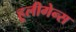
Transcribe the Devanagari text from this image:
हूलीगेन्स